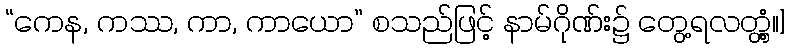
“ကေန, ကဿ, ကာ, ကာယော” စသည်ဖြင့် နာမ်ဂိုဏ်း၌ တွေ့ရလတ္တံ့။]